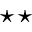
\star \star